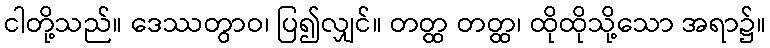
ငါတို့သည်။ ဒေဿတွာဝ၊ ပြ၍လျှင်။ တတ္ထ တတ္ထ၊ ထိုထိုသို့သော အရာ၌။